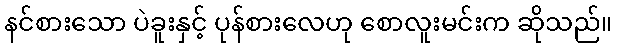
နင်စားသော ပဲခူးနှင့် ပုန်စားလေဟု စောလူးမင်းက ဆိုသည်။